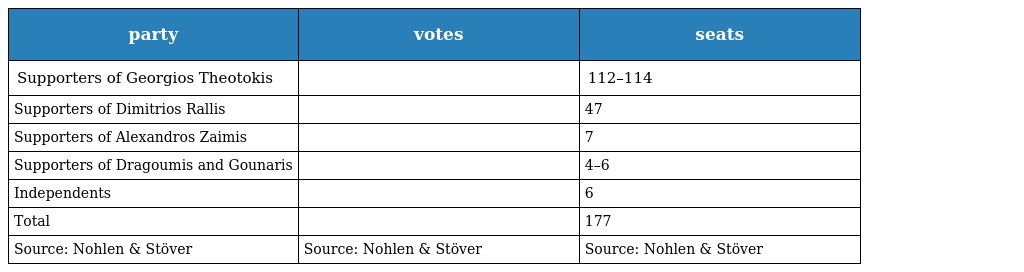
| party | votes | seats |
 | --- | --- | --- |
 | Supporters of Georgios Theotokis |  | 112–114 |
 | Supporters of Dimitrios Rallis |  | 47 |
 | Supporters of Alexandros Zaimis |  | 7 |
 | Supporters of Dragoumis and Gounaris |  | 4–6 |
 | Independents |  | 6 |
 | Total |  | 177 |
 | Source: Nohlen & Stöver | Source: Nohlen & Stöver | Source: Nohlen & Stöver |